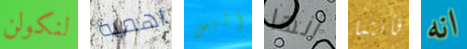
لنكولن اهمية أليس أنها فأنتما انه